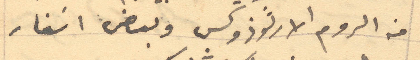
من الروم الارثوذوكس وبعض انفار